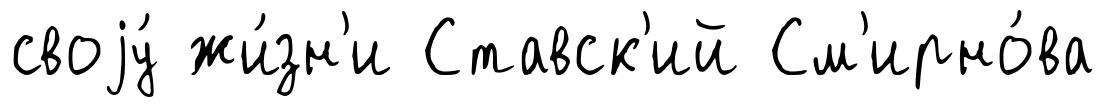
своjу́ жи́зн'и Ставск'ий См'ирно́ва